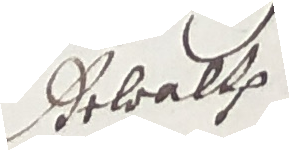
Debalth